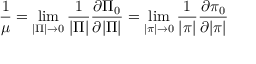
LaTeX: \frac { 1 } { \mu } = \operatorname * { l i m } _ { | \Pi | \rightarrow 0 } \frac { 1 } { | \Pi | } \frac { \partial \Pi _ { 0 } } { \partial | \Pi | } = \operatorname * { l i m } _ { | \pi | \rightarrow 0 } \frac { 1 } { | \pi | } \frac { \partial \pi _ { 0 } } { \partial | \pi | }